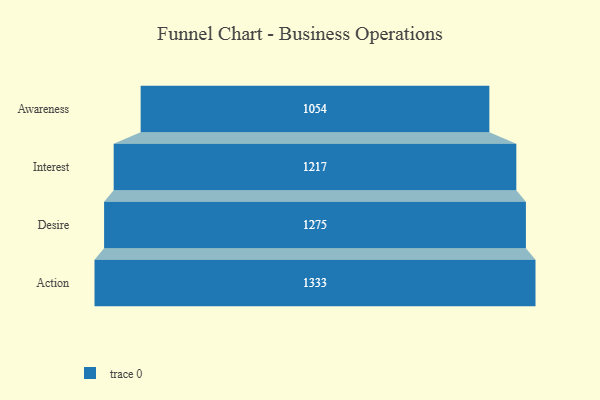
{"axis": {"x": "Stage", "y": "Value"}, "legend": [""], "data": [{"x": "Awareness", "y": 1054.0, "type": ""}, {"x": "Interest", "y": 1217.0, "type": ""}, {"x": "Desire", "y": 1275.0, "type": ""}, {"x": "Action", "y": 1333.0, "type": ""}]}